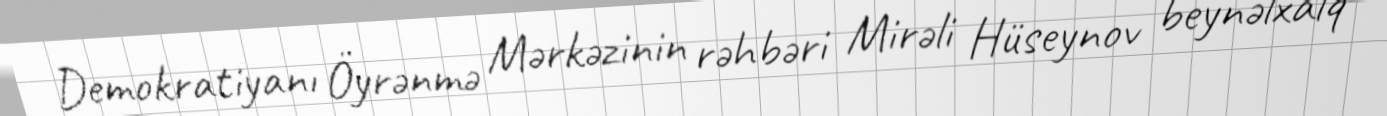
Demokratiyanı Öyrənmə Mərkəzinin rəhbəri Mirəli Hüseynov beynəlxalq